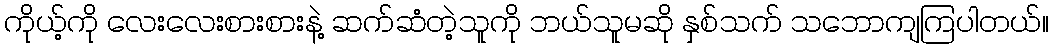
ကိုယ့်ကို လေးလေးစားစားနဲ့ ဆက်ဆံတဲ့သူကို ဘယ်သူမဆို နှစ်သက် သဘောကျကြပါတယ်။